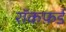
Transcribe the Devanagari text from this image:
रॉकफ़र्ड